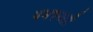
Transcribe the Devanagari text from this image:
पनपनती